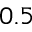
0 . 5